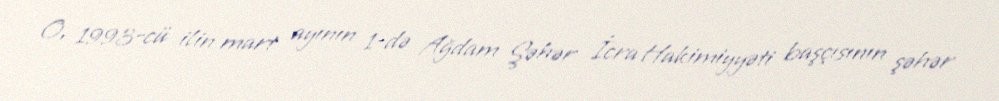
O, 1993-cü ilin mart ayının 1-də Ağdam Şəhər İcra Hakimiyyəti başçısının şəhər